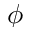
\phi